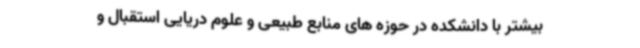
بیشتر با دانشکده در حوزه های منابع طبیعی و علوم دریایی استقبال و